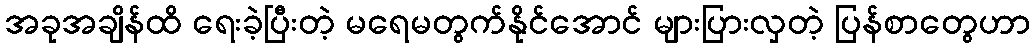
အခုအချိန်ထိ ရေးခဲ့ပြီးတဲ့ မရေမတွက်နိုင်အောင် များပြားလှတဲ့ ပြန်စာတွေဟာ